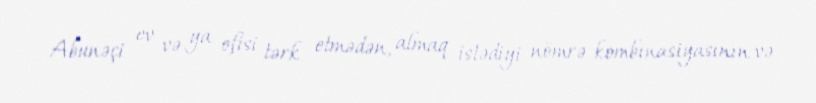
Abunəçi ev və ya ofisi tərk etmədən, almaq istədiyi nömrə kombinasiyasının və